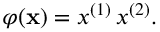
\varphi ( \mathbf x ) = x ^ { ( 1 ) } \, x ^ { ( 2 ) } .